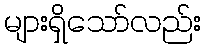
များရှိသော်လည်း